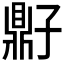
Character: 𫜠